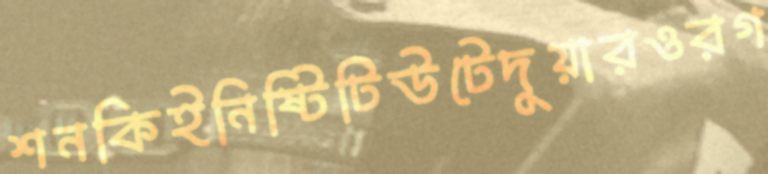
শনকিইনিষ্টিটিউটেদুয়ারওরগ